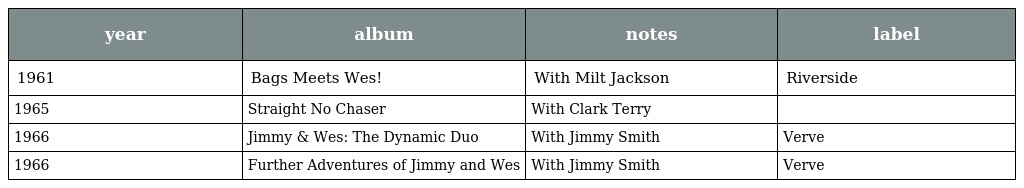
| year | album | notes | label |
 | --- | --- | --- | --- |
 | 1961 | Bags Meets Wes! | With Milt Jackson | Riverside |
 | 1965 | Straight No Chaser | With Clark Terry |  |
 | 1966 | Jimmy & Wes: The Dynamic Duo | With Jimmy Smith | Verve |
 | 1966 | Further Adventures of Jimmy and Wes | With Jimmy Smith | Verve |